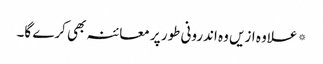
* علاوہ ازیں وہ اندرونی طور پر معائنہ بھی کرے گا۔